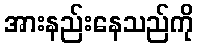
အားနည်းနေသည်ကို